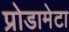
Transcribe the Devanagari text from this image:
प्रोडामेटा